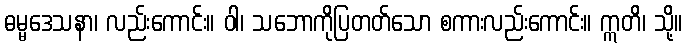
ဓမ္မဒေသနာ၊ လည်းကောင်း။ ဝါ၊ သဘောကိုပြတတ်သော စကားလည်းကောင်း။ ဣတိ၊ သို့။